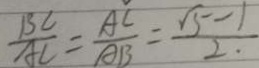
\frac { B C } { A C } = \frac { A C } { A B } = \frac { \sqrt { 5 } - 1 } { 2 . }